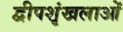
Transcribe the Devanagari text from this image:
द्वीपशृंखलाओं